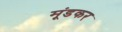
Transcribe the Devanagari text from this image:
मूंडकर